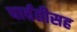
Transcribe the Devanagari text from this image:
पार्वतीसह